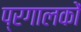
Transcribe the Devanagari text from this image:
प्रगालकों